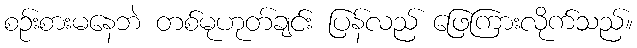
စဉ်းစားမနေဘဲ တစ်မုဟုတ်ချင်း ပြန်လည် ဖြေကြားလိုက်သည်။